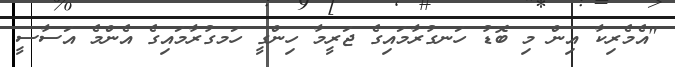
"އެމެރިކާ އިން މި ބޮޑު ހަނގުރާމައިގެ ޖަރީމާ ހިންގީ ހަމގުރާމައިގެ އެންމެ އަސާސީ